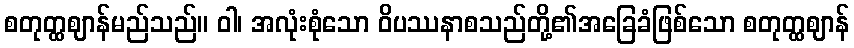
စတုတ္ထဈာန်မည်သည်။ ဝါ၊ အလုံးစုံသော ဝိပဿနာစသည်တို့၏အခြေခံဖြစ်သော စတုတ္ထဈာန်